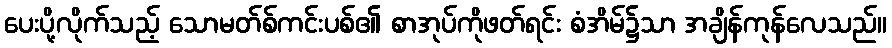
ပေးပို့လိုက်သည့် သောမတ်စ်ကင်းပစ်၏ စာအုပ်ကိုဖတ်ရင်း စံအိမ်၌သာ အချိန်ကုန်လေသည်။